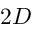
2 D